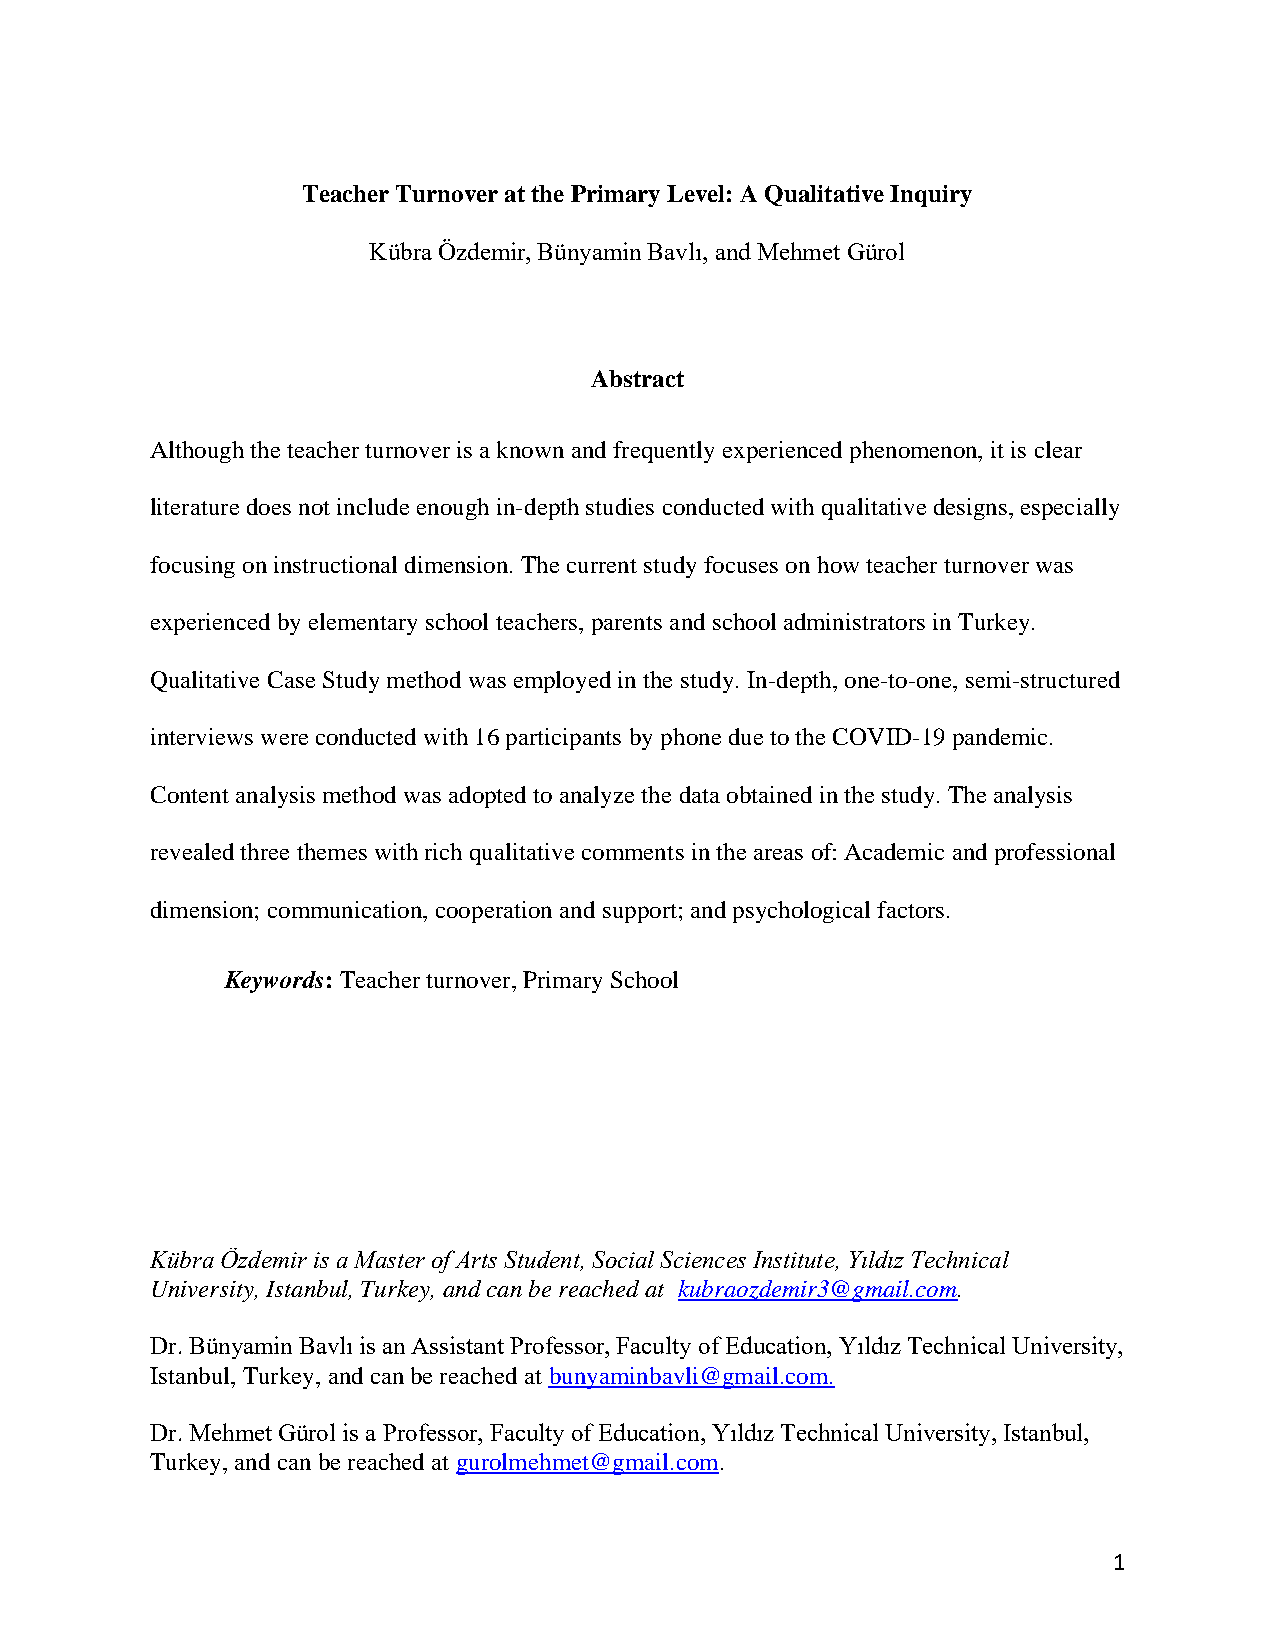
Teacher Turnover at the Primary Level: A Qualitative Inquiry
 Kübra Özdemir, Bünyamin Bavlı, and Mehmet Gürol
 Abstract
 Although the teacher turnover is a known and frequently experienced phenomenon, it is clear
 literature does not include enough in-depth studies conducted with qualitative designs, especially
 focusing on instructional dimension. The current study focuses on how teacher turnover was
 experienced by elementary school teachers, parents and school administrators in Turkey.
 Qualitative Case Study method was employed in the study. In-depth, one-to-one, semi-structured
 interviews were conducted with 16 participants by phone due to the COVID-19 pandemic.
 Content analysis method was adopted to analyze the data obtained in the study. The analysis
 revealed three themes with rich qualitative comments in the areas of: Academic and professional
 dimension; communication, cooperation and support; and psychological factors.
 Keywords: Teacher turnover, Primary School
 Kübra Özdemir is a Master of Arts Student, Social Sciences Institute, Yıldız Technical
 University, Istanbul, Turkey, and can be reached at kubraozdemir3@gmail.com.
 Dr. Bünyamin Bavlı is an Assistant Professor, Faculty of Education, Yıldız Technical University,
 Istanbul, Turkey, and can be reached at bunyaminbavli@gmail.com.
 Dr. Mehmet Gürol is a Professor, Faculty of Education, Yıldız Technical University, Istanbul,
 Turkey, and can be reached at gurolmehmet@gmail.com.
 1